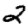
Digit: 2